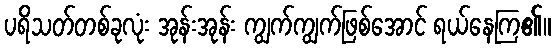
ပရိသတ်တစ်ခုလုံး အုန်းအုန်း ကျွက်ကျွက်ဖြစ်အောင် ရယ်နေကြ၏။